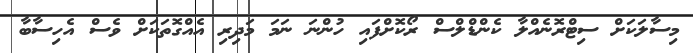
މިސާލަކަށް ސިޓްރޮނެއްލާ ކެންޑްލްސް ރޯކޮށްފައި ހުންނަ ނަމަ މަދިރި އެއްގޮތަކަށް ވެސް އެހިސާބާ